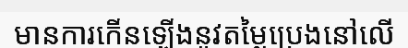
មានការកើនឡើងនូវតម្លៃប្រេងនៅលើ